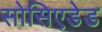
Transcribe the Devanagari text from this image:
सोसिएडेड